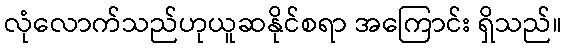
လုံလောက်သည်ဟုယူဆနိုင်စရာ အကြောင်း ရှိသည်။